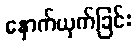
နှောက်ယှက်ခြင်း